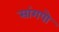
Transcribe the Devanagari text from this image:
सांगपो